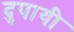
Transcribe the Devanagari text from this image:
दुपायी